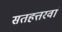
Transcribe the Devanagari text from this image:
सतहत्तरवां